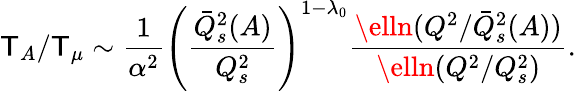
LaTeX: \mathsf{T}_{A}/\mathsf{T}_{\mu}\sim{\frac{{1}}{{\alpha^{2}}}}\left({\frac{{\bar{{Q}}_{s}^{2}(A)}}{{Q_{s}^{2}}}}\right)^{1-\lambda_{0}}{\frac{{\elln(Q^{2}/\bar{{Q}}_{s}^{2}(A))}}{{\elln(Q^{2}/Q_{s}^{2})}}}.